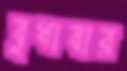
বুধাবার